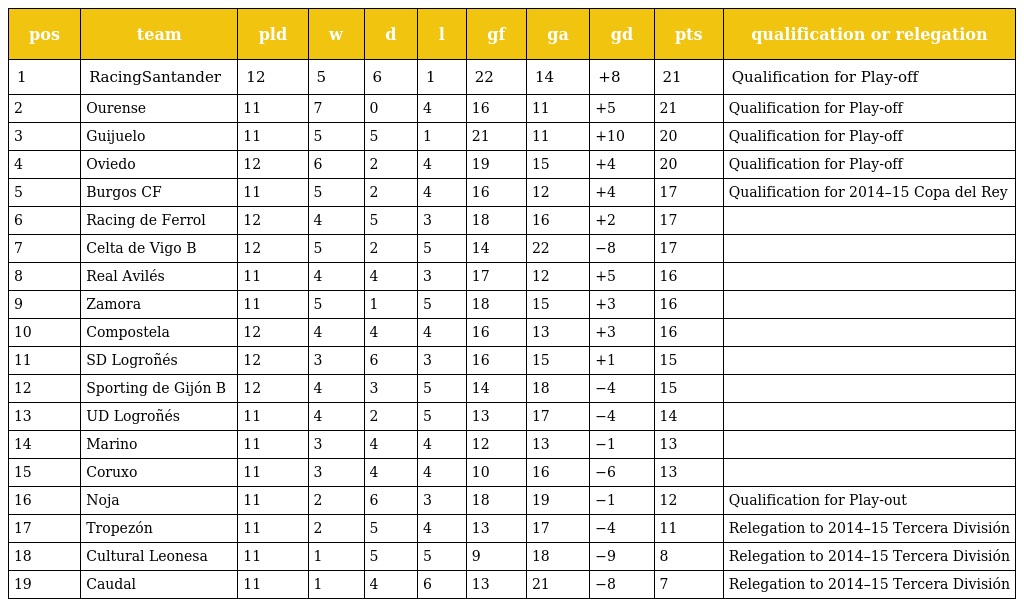
| pos | team | pld | w | d | l | gf | ga | gd | pts | qualification or relegation |
 | --- | --- | --- | --- | --- | --- | --- | --- | --- | --- | --- |
 | 1 | RacingSantander | 12 | 5 | 6 | 1 | 22 | 14 | +8 | 21 | Qualification for Play-off |
 | 2 | Ourense | 11 | 7 | 0 | 4 | 16 | 11 | +5 | 21 | Qualification for Play-off |
 | 3 | Guijuelo | 11 | 5 | 5 | 1 | 21 | 11 | +10 | 20 | Qualification for Play-off |
 | 4 | Oviedo | 12 | 6 | 2 | 4 | 19 | 15 | +4 | 20 | Qualification for Play-off |
 | 5 | Burgos CF | 11 | 5 | 2 | 4 | 16 | 12 | +4 | 17 | Qualification for 2014–15 Copa del Rey |
 | 6 | Racing de Ferrol | 12 | 4 | 5 | 3 | 18 | 16 | +2 | 17 |  |
 | 7 | Celta de Vigo B | 12 | 5 | 2 | 5 | 14 | 22 | −8 | 17 |  |
 | 8 | Real Avilés | 11 | 4 | 4 | 3 | 17 | 12 | +5 | 16 |  |
 | 9 | Zamora | 11 | 5 | 1 | 5 | 18 | 15 | +3 | 16 |  |
 | 10 | Compostela | 12 | 4 | 4 | 4 | 16 | 13 | +3 | 16 |  |
 | 11 | SD Logroñés | 12 | 3 | 6 | 3 | 16 | 15 | +1 | 15 |  |
 | 12 | Sporting de Gijón B | 12 | 4 | 3 | 5 | 14 | 18 | −4 | 15 |  |
 | 13 | UD Logroñés | 11 | 4 | 2 | 5 | 13 | 17 | −4 | 14 |  |
 | 14 | Marino | 11 | 3 | 4 | 4 | 12 | 13 | −1 | 13 |  |
 | 15 | Coruxo | 11 | 3 | 4 | 4 | 10 | 16 | −6 | 13 |  |
 | 16 | Noja | 11 | 2 | 6 | 3 | 18 | 19 | −1 | 12 | Qualification for Play-out |
 | 17 | Tropezón | 11 | 2 | 5 | 4 | 13 | 17 | −4 | 11 | Relegation to 2014–15 Tercera División |
 | 18 | Cultural Leonesa | 11 | 1 | 5 | 5 | 9 | 18 | −9 | 8 | Relegation to 2014–15 Tercera División |
 | 19 | Caudal | 11 | 1 | 4 | 6 | 13 | 21 | −8 | 7 | Relegation to 2014–15 Tercera División |